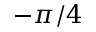
- \pi / 4